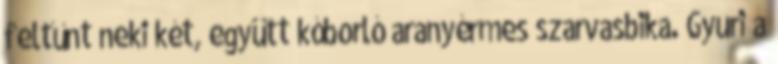
feltűnt neki két, együtt kóborló aranyérmes szarvasbika. Gyuri a